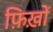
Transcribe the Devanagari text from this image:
फ़िख़ों